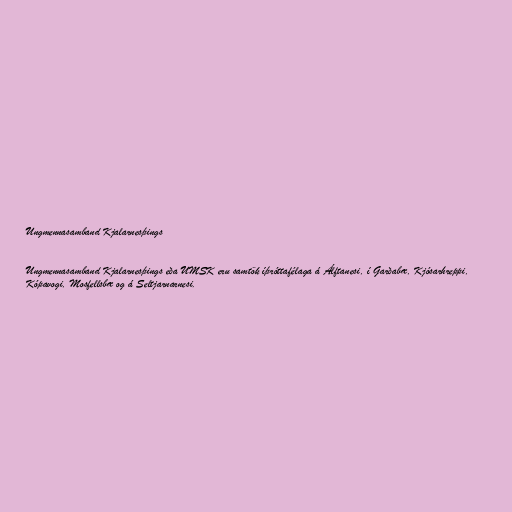
Ungmennasamband Kjalarnesþings

Ungmennasamband Kjalarnesþings eða UMSK eru samtök íþróttafélaga á Álftanesi, í Garðabæ, Kjósarhreppi,
Kópavogi, Mosfellsbæ og á Seltjarnarnesi.